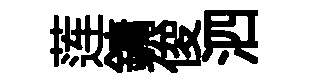
莲鏞俊泗